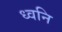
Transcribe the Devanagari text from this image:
ध्‍वनि